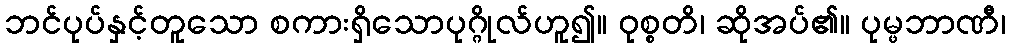
ဘင်ပုပ်နှင့်တူသော စကားရှိသောပုဂ္ဂိုလ်ဟူ၍။ ဝုစ္စတိ၊ ဆိုအပ်၏။ ပုမ္ဖဘာဏီ၊